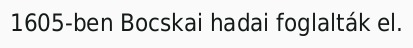
1605-ben Bocskai hadai foglalták el.